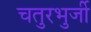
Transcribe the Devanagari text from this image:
चतुरभुर्जी